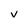
Character: V